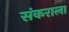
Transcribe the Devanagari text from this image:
संकराला